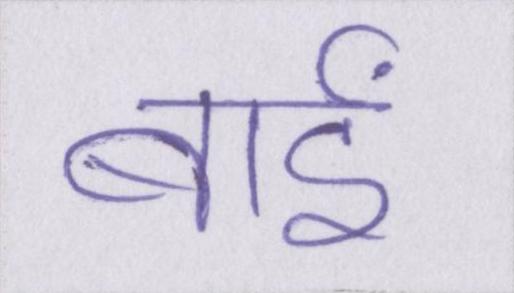
बाईं